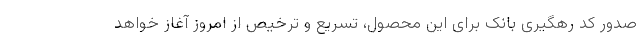
صدور کد رهگیری بانک برای این محصول، تسریع و ترخیص از امروز آغاز خواهد